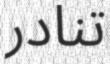
تنادر